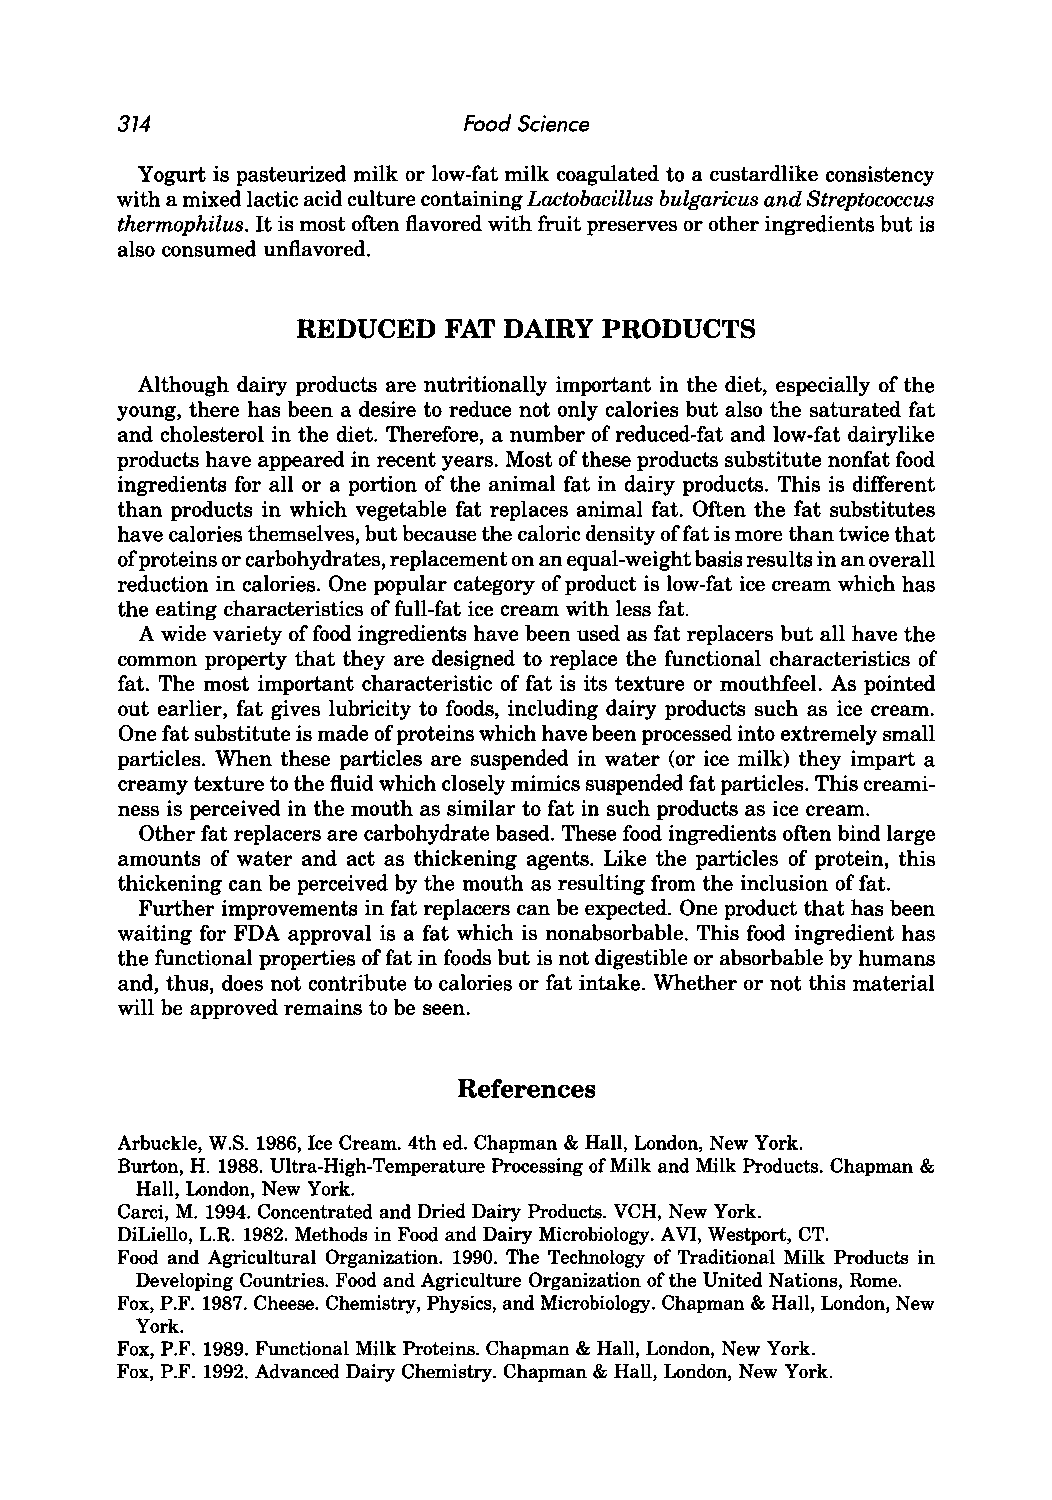
374                    Food Science
 Yogurt is pasteurized milk or low-fat milk coagulated to a custardlike consistency
 with a mixed lactic acid culture containing Lactobacillus bulgaricus and Streptococcus
 thermophilus. It is most often flavored with fruit preserves or other ingredients but is
 also consumed unflavored.
 REDUCED  FAT DAIRY  PRODUCTS
 Although dairy products are nutritionally important in the diet, especially of the
 young, there has been a desire to reduce not only calories but also the saturated fat
 and cholesterol in the diet. Therefore, a number of reduced-fat and low-fat dairylike
 products have appeared in recent years. Most of these products substitute nonfat food
 ingredients for all or a portion of the animal fat in dairy products. This is different
 than products in which vegetable fat replaces animal fat. Often the fat substitutes
 have calories themselves, but because the caloric density offat is more than twice that
 of proteins or carbohydrates, replacement on an equal-weight basis results in an overall
 reduction in calories. One popular category of product is low-fat ice cream which has
 the eating characteristics of full-fat ice cream with less fat.
 A wide variety of food ingredients have been used as fat replacers but all have the
 common property that they are designed to replace the functional characteristics of
 fat. The most important characteristic of fat is its texture or mouthfeel. As pointed
 out earlier, fat gives lubricity to foods, including dairy products such as ice cream.
 One fat substitute is made of proteins which have been processed into extremely small
 particles. When these particles are suspended in water (or ice milk) they impart a
 creamy texture to the fluid which closely mimics suspended fat particles. This creami
 ness is perceived in the mouth as similar to fat in such products as ice cream.
 Other fat replacers are carbohydrate based. These food ingredients often bind large
 amounts of water and act as thickening agents. Like the particles of protein, this
 thickening can be perceived by the mouth as resulting from the inclusion of fat.
 Further improvements in fat replacers can be expected. One product that has been
 waiting for FDA approval is a fat which is nonabsorbable. This food ingredient has
 the functional properties of fat in foods but is not digestible or absorbable by humans
 and, thus, does not contribute to calories or fat intake. Whether or not this material
 will be approved remains to be seen.
 References
 Arbuckle, W.S. 1986, Ice Cream. 4th ed. Chapman & Hall, London, New York.
 Burton, H. 1988. Ultra-High-Temperature Processing of Milk and Milk Products. Chapman &
 Hall, London, New York.
 Carci, M. 1994. Concentrated and Dried Dairy Products. VCH, New York.
 DiLiello, L.R. 1982. Methods in Food and Dairy Microbiology. AV I, Westport, CT.
 Food and Agricultural Organization. 1990. The Technology of Traditional Milk Products in
 Developing Countries. Food and Agriculture Organization of the United Nations, Rome.
 Fox, P.F. 1987. Cheese. Chemistry, Physics, and Microbiology. Chapman & Hall, London, New
 York.
 Fox, P.F. 1989. Functional Milk Proteins. Chapman & Hall, London, New York.
 Fox, P.F. 1992. Advanced Dairy Chemistry. Chapman & Hall, London, New York.